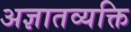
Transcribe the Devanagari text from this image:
अज्ञातव्यक्ति